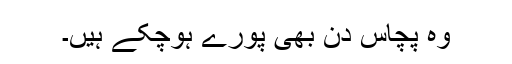
وہ پچاس دن بھی پورے ہوچکے ہیں۔